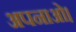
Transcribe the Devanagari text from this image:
अपनाओ।